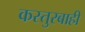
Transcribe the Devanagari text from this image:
कस्तुरबाही